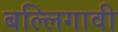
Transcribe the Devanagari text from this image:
बल्लिगावी